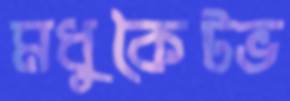
মধুকৈটভ